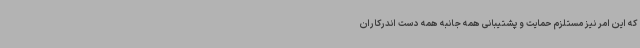
که این امر نیز مستلزم حمایت و پشتیبانی همه جانبه همه دست اندرکاران